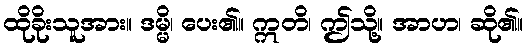
ထိုခိုးသူအား။ ဒမ္မိ၊ ပေး၏။ ဣတိ၊ ဤသို့။ အာဟ၊ ဆို၏။